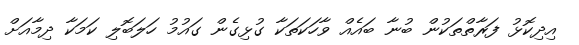
އިދިކޮޅު ފަރާތްތަކުން ބުނާ ބައެއް ވާހަކަތަކާ ގުޅިގެން ގައުމު ހަލަބޮލި ކަމަކާ ދިމާއަށް